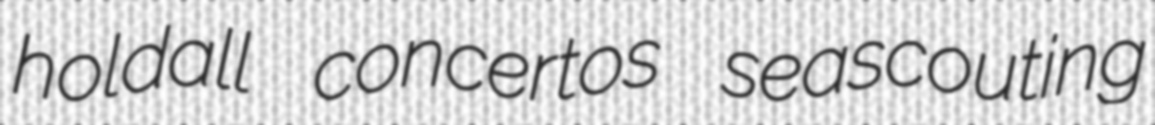
holdall concertos seascouting